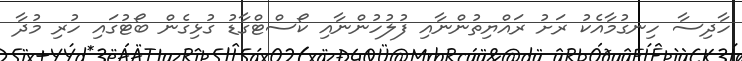
ހާދިސާ ހިނގުމާއެކު ރަށު ރައްޔިތުންނާއި ފުލުހުންނާއި ކޯސްޓްގާޑު ގުޅިގެން ބޯޓުގައި ހުރި މުދާ